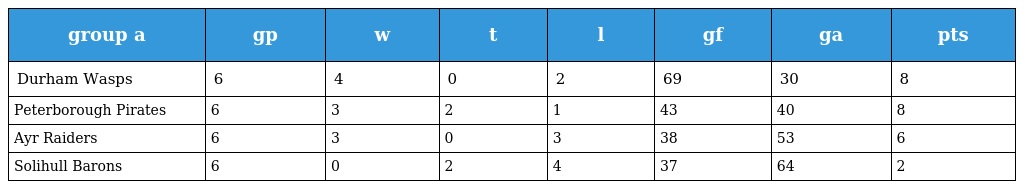
| group a | gp | w | t | l | gf | ga | pts |
 | --- | --- | --- | --- | --- | --- | --- | --- |
 | Durham Wasps | 6 | 4 | 0 | 2 | 69 | 30 | 8 |
 | Peterborough Pirates | 6 | 3 | 2 | 1 | 43 | 40 | 8 |
 | Ayr Raiders | 6 | 3 | 0 | 3 | 38 | 53 | 6 |
 | Solihull Barons | 6 | 0 | 2 | 4 | 37 | 64 | 2 |